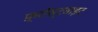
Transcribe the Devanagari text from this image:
फ़्रॉस्टबाइट